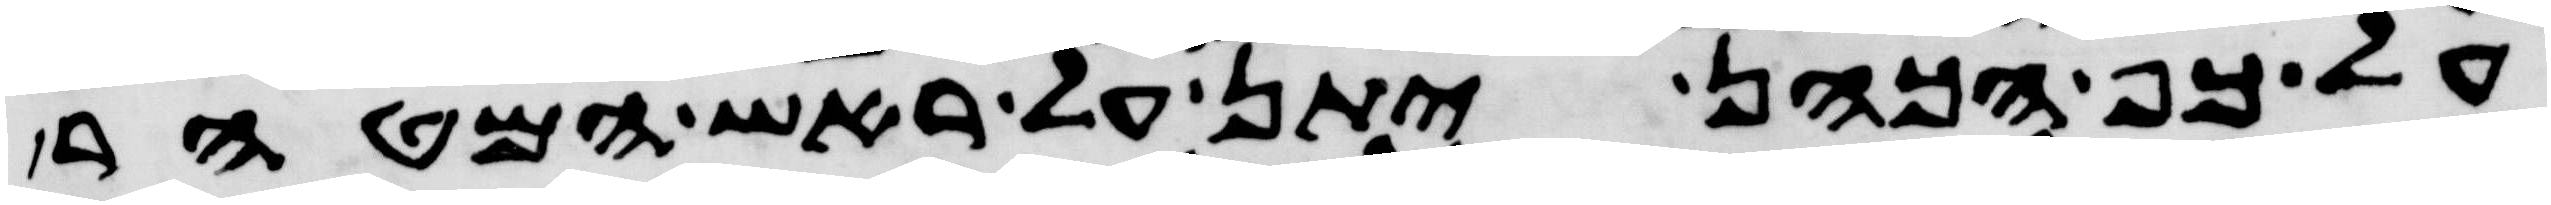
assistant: על כף הכהן יתן על ראש המטהר